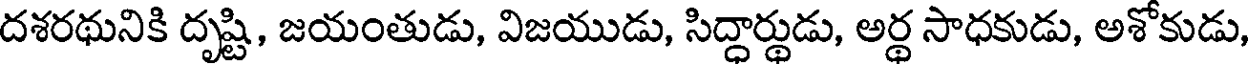
దశరథునికి దృష్టి, జయంతుడు, విజయుడు, సిద్ధార్థుడు, అర్థ సాధకుడు, అశోకుడు,